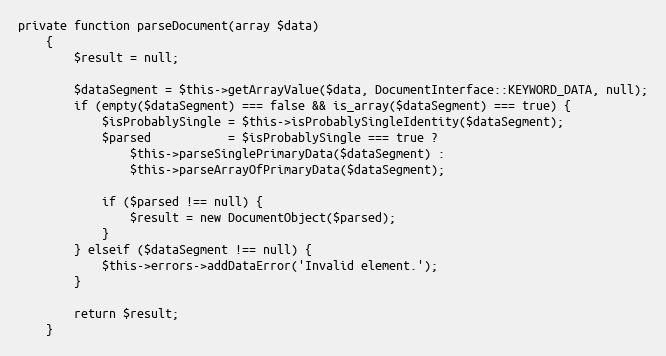
Language: PHP
private function parseDocument(array $data)
    {
        $result = null;

        $dataSegment = $this->getArrayValue($data, DocumentInterface::KEYWORD_DATA, null);
        if (empty($dataSegment) === false && is_array($dataSegment) === true) {
            $isProbablySingle = $this->isProbablySingleIdentity($dataSegment);
            $parsed           = $isProbablySingle === true ?
                $this->parseSinglePrimaryData($dataSegment) :
                $this->parseArrayOfPrimaryData($dataSegment);

            if ($parsed !== null) {
                $result = new DocumentObject($parsed);
            }
        } elseif ($dataSegment !== null) {
            $this->errors->addDataError('Invalid element.');
        }

        return $result;
    }